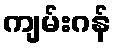
ကျမ်းဂန်